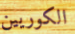
الكوريين